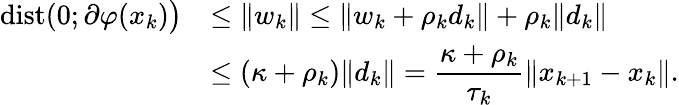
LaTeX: \begin{array}{ll}{\mathrm{dist}(0;\partial\varphi(x_{k})\big)}&{\leq\| w_{k}\| \leq\| w_{k}+\rho_{k}d_{k}\| +\rho_{k}\| d_{k}\| }\\ &{\leq(\kappa+\rho_{k})\| d_{k}\| =\displaystyle\frac{\kappa+\rho_{k}}{\tau_{k}}\| x_{k+1}-x_{k}\| .}\end{array}